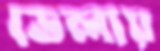
ডেলায়